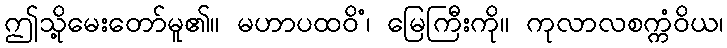
ဤသို့မေးတော်မူ၏။ မဟာပထဝိံ၊ မြေကြီးကို။ ကုလာလစက္ကံဝိယ၊